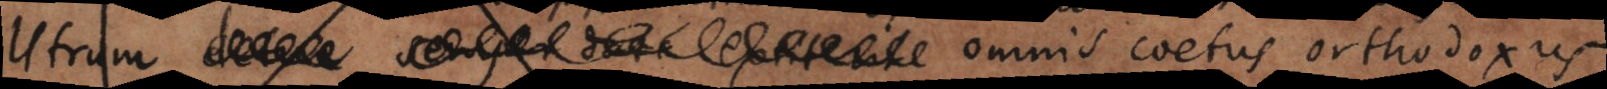
Utrum omnis coetus orthodoxus